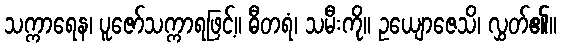
သက္ကာရေန၊ ပူဇော်သက္ကာရဖြင့်။ ဓီတရံ၊ သမီးကို။ ဥယျောဇေသိ၊ လွှတ်၏။